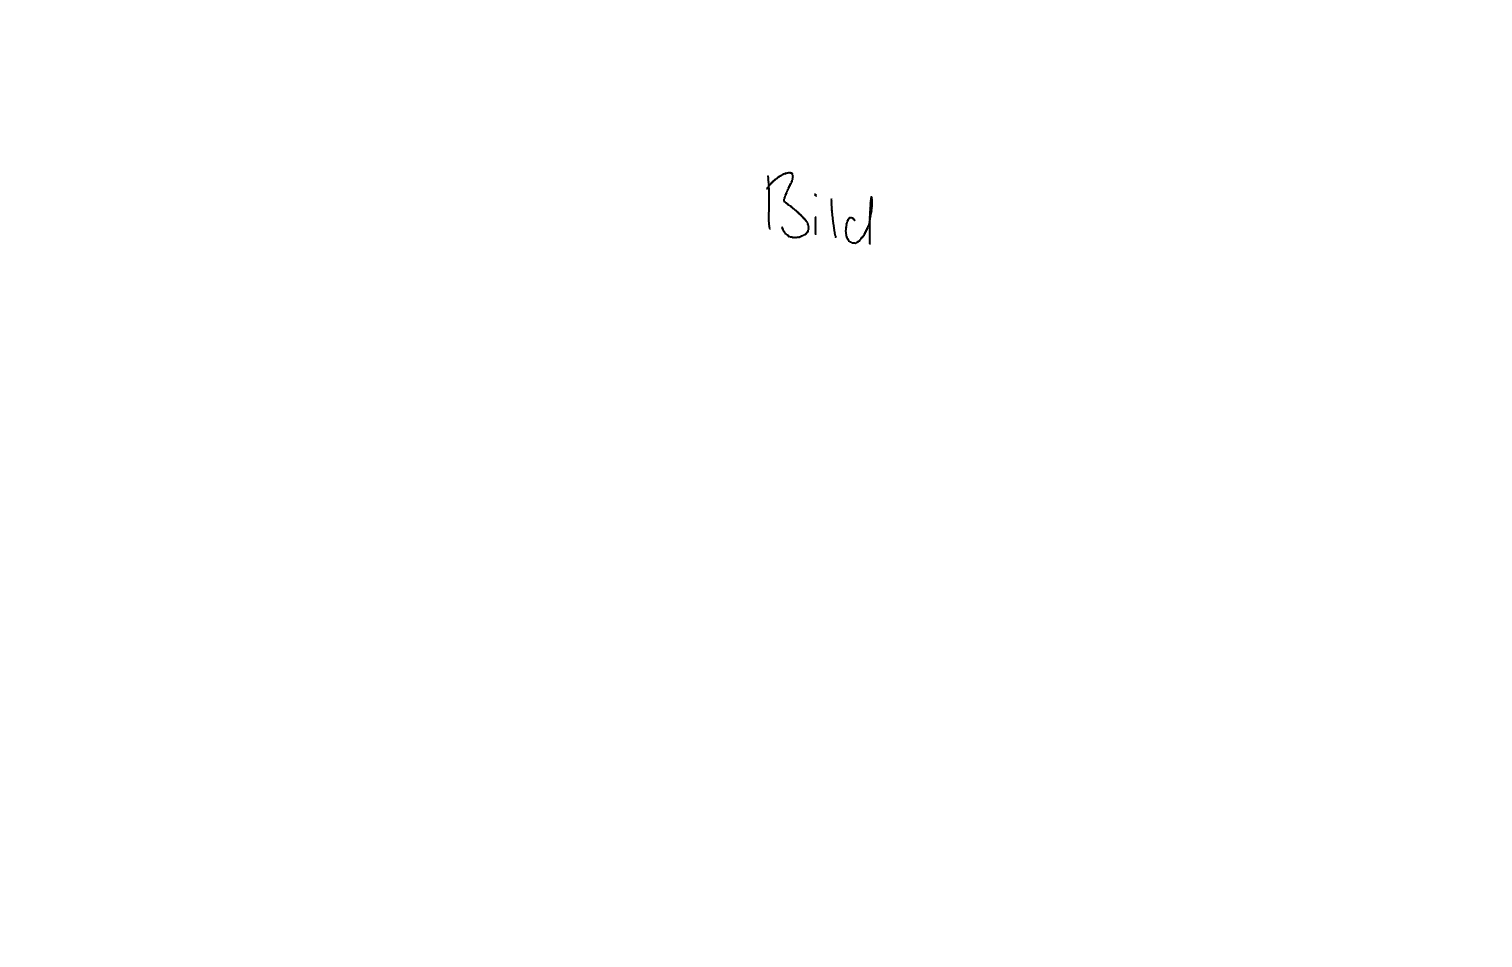
Text: Bild